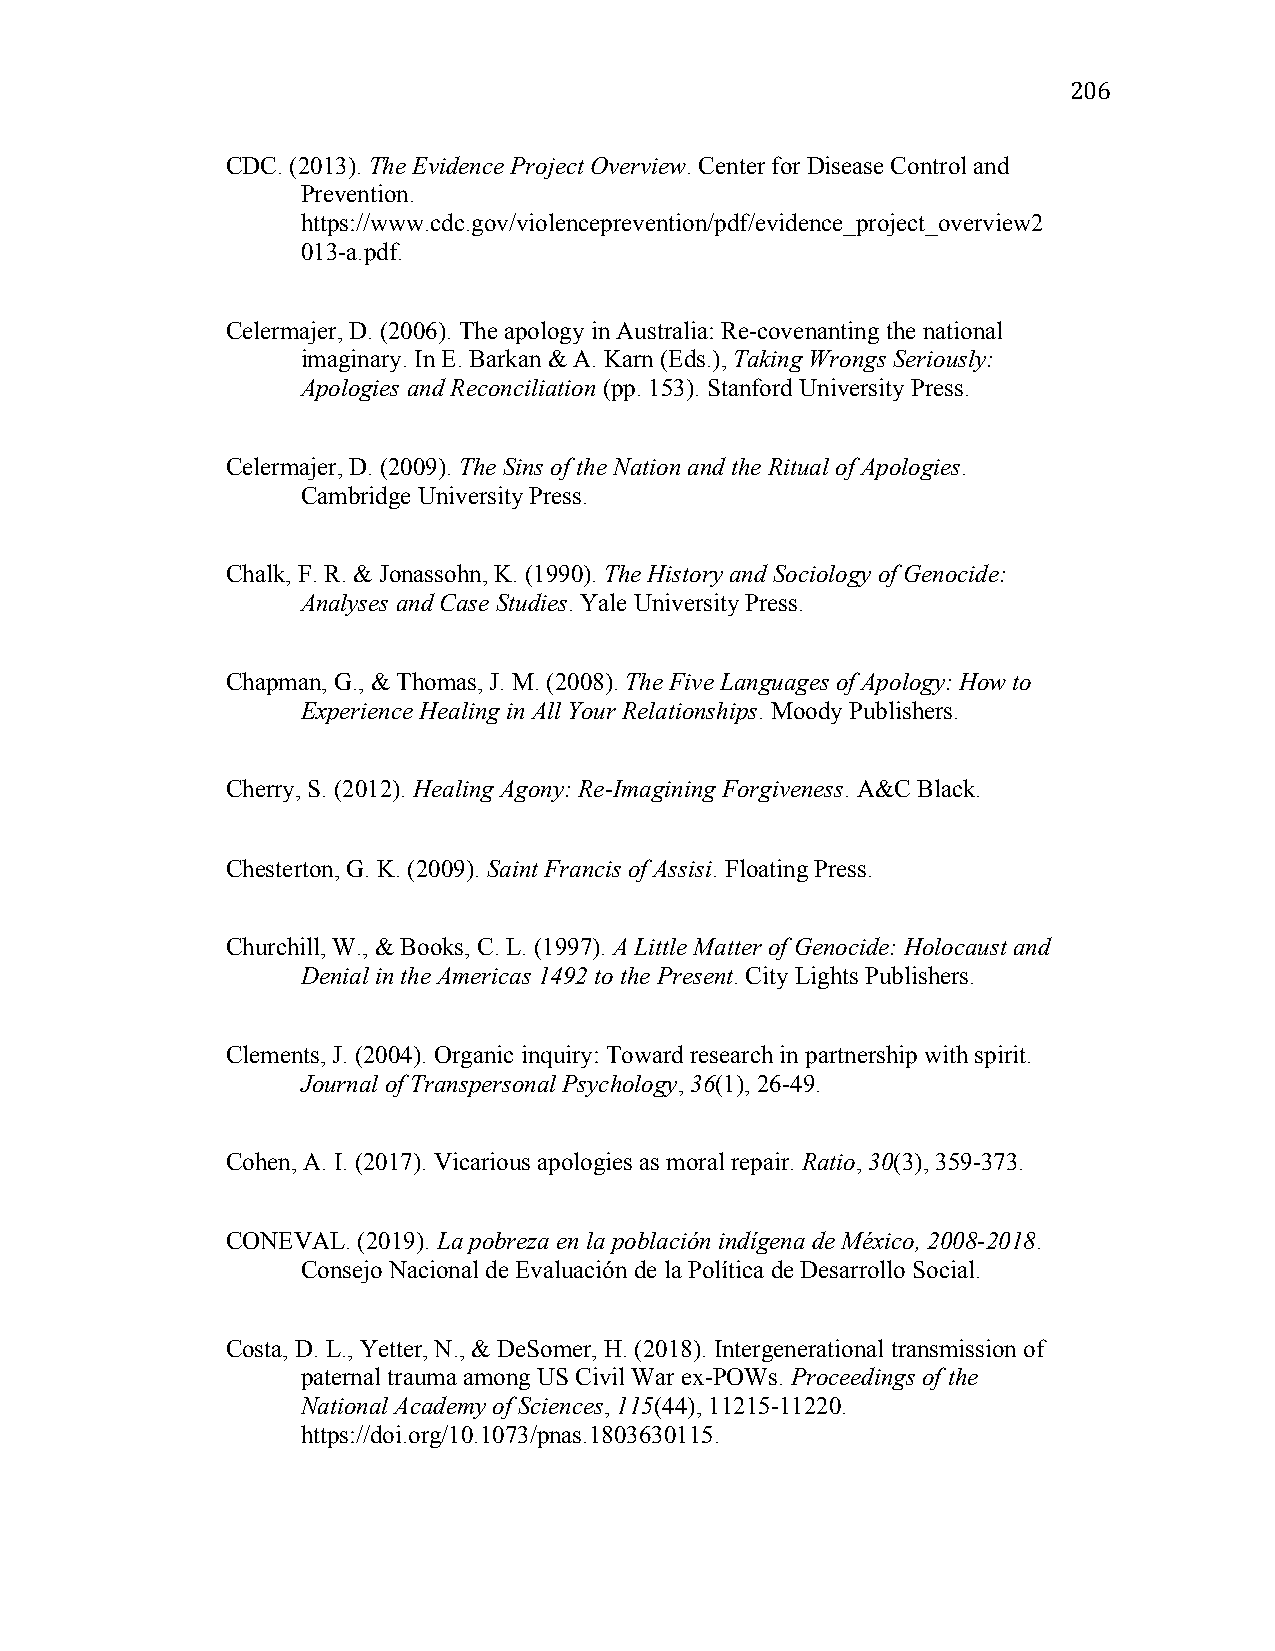
206
 CDC. (2013). The Evidence Project Overview. Center for Disease Control and
 Prevention.
 https://www.cdc.gov/violenceprevention/pdf/evidence_project_overview2
 013-a.pdf.
 Celermajer, D. (2006). The apology in Australia: Re-covenanting the national
 imaginary. In E. Barkan & A. Karn (Eds.), Taking Wrongs Seriously:
 Apologies and Reconciliation (pp. 153). Stanford University Press.
 Celermajer, D. (2009). The Sins of the Nation and the Ritual of Apologies.
 Cambridge University Press.
 Chalk, F. R. & Jonassohn, K. (1990). The History and Sociology of Genocide:
 Analyses and Case Studies. Yale University Press.
 Chapman, G., & Thomas, J. M. (2008). The Five Languages of Apology: How to
 Experience Healing in All Your Relationships. Moody Publishers.
 Cherry, S. (2012). Healing Agony: Re-Imagining Forgiveness. A&C Black.
 Chesterton, G. K. (2009). Saint Francis of Assisi. Floating Press.
 Churchill, W., & Books, C. L. (1997). A Little Matter of Genocide: Holocaust and
 Denial in the Americas 1492 to the Present. City Lights Publishers.
 Clements, J. (2004). Organic inquiry: Toward research in partnership with spirit.
 Journal of Transpersonal Psychology, 36(1), 26-49.
 Cohen, A. I. (2017). Vicarious apologies as moral repair. Ratio, 30(3), 359-373.
 CONEVAL. (2019). La pobreza en la población indígena de México, 2008-2018.
 Consejo Nacional de Evaluación de la Política de Desarrollo Social.
 Costa, D. L., Yetter, N., & DeSomer, H. (2018). Intergenerational transmission of
 paternal trauma among US Civil War ex-POWs. Proceedings of the
 National Academy of Sciences, 115(44), 11215-11220.
 https://doi.org/10.1073/pnas.1803630115.